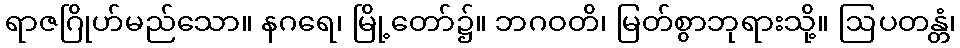
ရာဇဂြိုဟ်မည်သော။ နဂရေ၊ မြို့တော်၌။ ဘဂဝတိ၊ မြတ်စွာဘုရားသို့။ ဩပတန္တံ၊